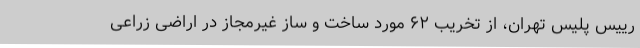
رییس پلیس تهران، از تخریب ۶۲ مورد ساخت و ساز غیرمجاز در اراضی زراعی